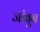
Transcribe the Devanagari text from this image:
जांबून